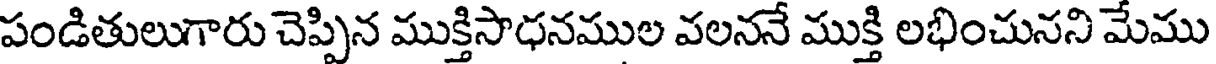
పండితులుగారు చెప్పిన ముక్తిసాధనముల వలననే ముక్తి లభించునని మేము